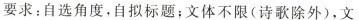
要求：自选角度，自拟标题；文体不限(诗歌除外)，文